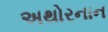
અથોરનાન